Vaccination in Bombay 1889-1901 - 1889-1901
Year: 1889
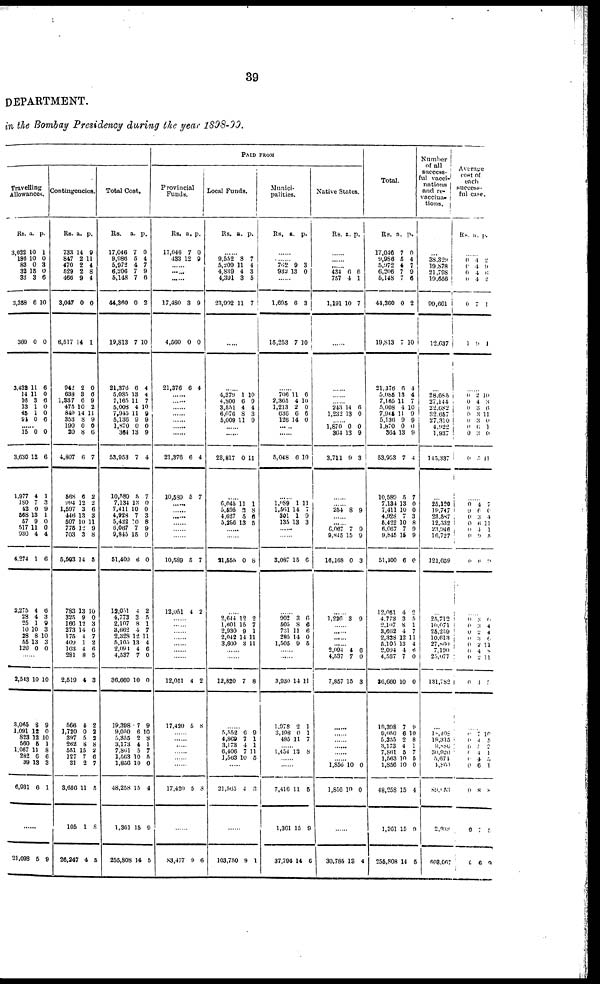
39
DEPARTMENT.
in the Bombay Presidency during the year 1898-99.
Travelling
Allowances.
Rs.
3,022
186
83
32
33
3,358
360
3,432
14
16
13
45
91
a.
10
10
0
15
3
6
0
11
11
3
1
1
0
p.
1
0
3
0
6
10
0
6
0
6
0
0
6
......
15
3,630
1,977
180
42
568
57
517
930
4,274
2,275
28
25
10
28
55
120
0
12
4
7
0
13
9
11
4
1
4
4
1
10
8
13
0
0
6
1
3
9
1
0
0
4
6
6
3
9
3
10
3
0
......
2,543
3,065
1,091
823
560
1,067
282
39
6,931
10
8
12
1
5
11
6
13
6
10
9
0
10
1
8
6
3
1
......
21,098 5
9
Contingencies.
Rs.
733
847
470
529
466
3,047
6,517
942
638
1,337
475
849
353
190
20
4,807
568
994
1,597
446
507
775
703
5,593
783
325
166
273
175
409
103
28
2,519
566
1,720
397
262
551
127
31
3,656
105
26,247
a.
14
2
2
2
9
0
14
2
3
6
10
14
8
0
8
6
6
12
3
13
10
12
3
14
13
9
12
14 4
1 4
8
4
4
0
5
8
15
7
2
11
1
4
p.
9
11
4
8
4
0
1
0
6
9
2
11
9
0
6
7
2
2
6
3
11
9
8
5
10
0
3
6
7
2
6
5
3
2
2
2
8
2
6
7
5
8
5
Total Cost.
Rs.
17,046
9,986
5,972
6,206
5,148
44,360
19,813
21,376
5,085
7,165
5,008
7,945
5,136
1,870
364
53,953
10,580
7,134
7,411
4,928
5,422
6,067
9,845
51,400
12,051
4,773
2,107
3,662
2,328
5,105
2,091
4,537
36,600
19,398
9,050
5,855
3,173
7,861
1,563
1,856
48,258
1,361
255,808
a.
7
5
4
7
7
0
7
6
13
11
4
11
9
0
13
7
5
13
10
7
10 7
15
6
4
3
8
4
12
13
4
7
10
7
6
2
4
5
10
10
15
15
14
p.
0
4
7
9
6
2
10
4
4
7
10
9
9
0
9
4
7
0
0
3
8
9
9
0
2
5
1
7
11
4
6 0
0
9
10
8
1 7
5
0
4
9
5
PAID FROM
Provincial
Funds.
Rs.
17,046
433
a.
7
12
p.
0
9
......
......
......
17,480
4,560
21,376
3
0
6
9
0
4
......
......
......
......
......
......
......
21,376
10,589
6
5
4
7
......
......
......
......
......
......
10,589
12,051
5
4
7
2
......
......
......
......
......
......
......
12,051
17,420
4
5
2
8
......
......
......
......
......
......
17,420 5
8
......
83,477 9
6
Local Funds.
Rs. a. p.
......
9,552
5,209
4,839
4,391
23,992
8
11
4
3
11
7
4
3
5
7
......
......
4,379
4,800
3,551
6,076
5,009
1
6
4
8
11
10
9
4
3
9
......
......
23,817 0 11
......
6,045
5,595
4,627
5,286
11
3
5
13
1
8
6
5
......
......
21,555
0 8
......
2,644
1,601
2,930
2,042
3,600
12
15
9
14
3
2
7
1
11
11
......
......
12,820 7 8
......
5,552
4,869
3,173
6,406
l,563
6
7
4
7 10
9
1
1 11
5
......
21,563 4
3
......
103,750 9
1
Munici-
palities.
Rs. a. p.
......
......
762
932
9
13
3
0
......
1,695
15,253
6
7
3
10
......
706
2,365
1,213
636
126
11
4
2
6
14
6
10
0
6
0
......
5,048 6 10
......
1,089
1,561
301
135
1
14
1
13
11
7 9 3
3,087 15 6
......
902
505
731
285
1,505
3
8
1
14
9
6
6
6
0
5
......
......
3,930
1,078
3,198
485
1
2
0
1
11
1
1
7
......
1,454 13 8
......
......
7,416
1,361
37,794
11
15
14
5
9
6
Native States.
Rs. a. p.
......
......
......
434
757
1,191
6
4
10
6
1
7
......
......
......
......
243
1,232
14
13
6
0
......
1,870
364
3,711
0
13
9
0
9
3
......
......
254 8 9
......
......
6,067
9,845
16,168
7
15
0
9
9
3
......
1,226 3 9
......
......
......
......
2,094
4,537
7,857
4
7
15
6
0
3
......
......
......
......
......
...... l,856
1,856
10
10
0
0
......
30,785 13 4
Total.
Rs.
17,046
9,986
5,972
6,206
5,148
44,360
19,813
21,376
5,085
7,165
5,008
7,945
5,136
1,870
364
53,053
10,589
7,134
7,411
4,928
5,422
6,067
9,845
51,400
12,051
4,773
2,107
3,662
2,328
5,105
2,094
4,537
36,660
19,398
9,050
5,355
3,173
7,861
1,563
1,856
48,258
1,361
255,808
a.
7
5
4
7
7
0
7
6
13
11
4
11
9
0
13
7
5
13
10
7
10
7
l5
6
4
3
8
4
12
13
4
7
10
7
6 2
4
5
10
10
15
15
14
p.
0
4
7
0
6
2
10
4
4
7
10
9 9
0
9
4
7
0
0
3
8
9
9
0
2
5
1
7
11
4
6
0
0
9
10
8
1
7
5
0
4
9
5
Number
of all
success-
ful vacci-
nations
and re-
vaccina-
tions.
...
38,329
19,878
21,798
19,656
99,661
12,637
...
28,685
27,144
22,682
32,657
27,310
4,922
1,937
145,337
...
25,120
19,747
23,587
12,532
23,946
16,727
121,659
...
25,712
10,071
25,259
10,613
27,860
7,190
25,077
131,782
...
l0,408
19,315
9,880
30,920
5,674
l,860
89,153
2,030
603,067
Average
cost of
each
success-
ful case.
Rs. a. p.
......
0
0
0
0
0
1
4
4
4
4
7
9
2
9
6
2
1
1
......
0
0
0
0
0
0
0
0
2
4
3
3
3
6
3
5
10
3
6
11
0
1
0
11
......
0
9
0 0
0
0
0
4
6
3
6
4
0
6
7 0 4
11
1
5
0
......
0
0
0
0
0
0
0
0
3
3
2
3 2
4
2
4
0
4
4
0
11
0
11
0
......
0
0
0
0
0
0
0
0
0
7
4
5
4
4
6
8
7
6
10
5
2 1
5
1
0
5
9